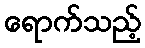
ရောက်သည့်